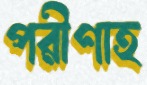
পরীণাহ